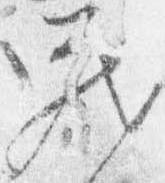
蔵